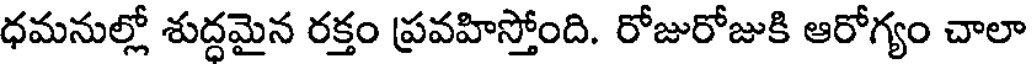
ధమనుల్లో శుద్దమైన రక్తం ప్రవహిస్తోంది. రోజురోజుకి ఆరోగ్యం చాలా